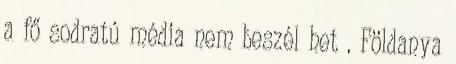
a fő sodratú média nem beszél het . Földanya